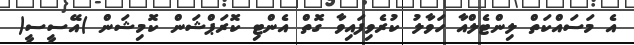
އެ މަސައްކަތް ލިންޓެލްއާ ހަވާލު ކުރެވިފައިވާ ގޮތް އެންޓި ކޮރަޕްޝަން ކޮމިޝަން )އޭސީސީ(